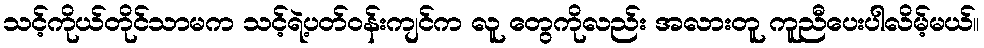
သင့်ကိုယ်တိုင်သာမက သင့်ရဲ့ပတ်၀န်းကျင်က လူ တွေကိုလည်း အလားတူ ကူညီပေးပါလိမ့်မယ်။